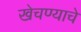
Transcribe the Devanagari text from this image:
खेचण्याचे